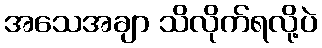
အသေအချာ သိလိုက်ရလို့ပဲ